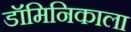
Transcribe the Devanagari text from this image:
डॉमिनिकाला